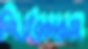
স্পিডব্রেকারসহ